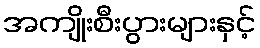
အကျိုးစီးပွားများနှင့်